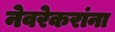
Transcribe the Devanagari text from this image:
नेवरेकरांना